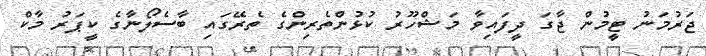
ޖަރުމަނު ޓީމުން ޖާގަ ދީފައިވާ މަޝްހޫރު ކުޅުންތެރިންގެ ތެރޭގައި ބާސެލޯނާގެ ކީޕަރު މާކް